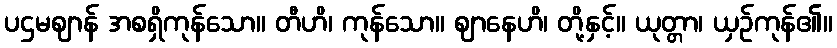
ပဌမဈာန် အစရှိကုန်သော။ တီဟိ၊ ကုန်သော။ ဈာနေဟိ၊ တို့နှင့်။ ယုတ္တာ၊ ယှဉ်ကုန်၏။